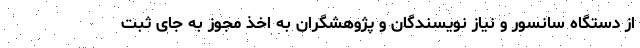
از دستگاه سانسور و نیاز نویسندگان و پژوهشگران به اخذ مجوز به جای ثبت